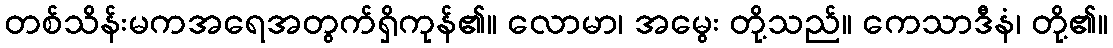
တစ်သိန်းမကအရေအတွက်ရှိကုန်၏။ လောမာ၊ အမွေး တို့သည်။ ကေသာဒီနံ၊ တို့၏။